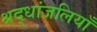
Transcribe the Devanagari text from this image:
श्रद्धांजलियाँ